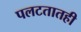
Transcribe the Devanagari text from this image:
पलटतातही